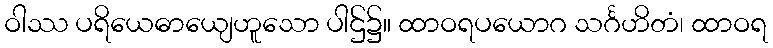
ဝါဿ ပရိယေဓာယျေဟူသော ပါဌ်၌။ ထာဝရပယောဂ သင်္ဂဟိတံ၊ ထာဝရ